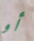
أو